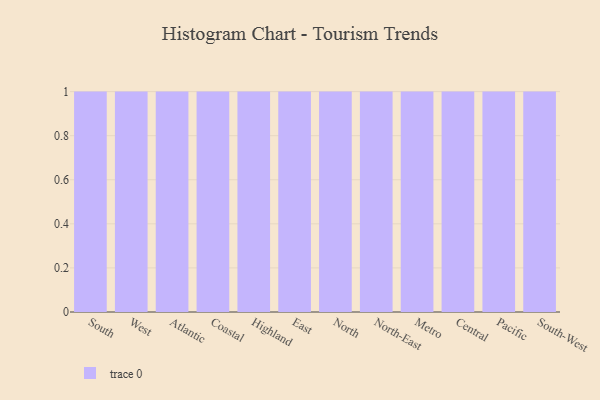
{"axis": {"x": "Region", "y": "Page Views"}, "legend": [""], "data": [{"x": "South", "y": 35, "type": ""}, {"x": "West", "y": 98, "type": ""}, {"x": "Atlantic", "y": 33, "type": ""}, {"x": "Coastal", "y": 80, "type": ""}, {"x": "Highland", "y": 28, "type": ""}, {"x": "East", "y": 64, "type": ""}, {"x": "North", "y": 7, "type": ""}, {"x": "North-East", "y": 27, "type": ""}, {"x": "Metro", "y": 27, "type": ""}, {"x": "Central", "y": 66, "type": ""}, {"x": "Pacific", "y": 3, "type": ""}, {"x": "South-West", "y": 31, "type": ""}]}